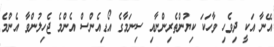
އޭނާ އަކީ ދިވެހި ވާހަކަ ކިޔުންތެރިންނާއި ސިނަމާގެ އޯޑިއެންސް އެންމެ ޖެހިލުންވާ އެންމެ